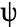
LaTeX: \uppsi